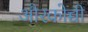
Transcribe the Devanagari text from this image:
औरकोच्ची